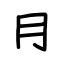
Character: ⺝